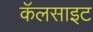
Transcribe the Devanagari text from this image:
कॅलसाइट